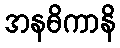
အနဓိကာနိ